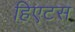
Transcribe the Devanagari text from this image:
हिएटस